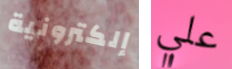
إلكترونية علي